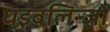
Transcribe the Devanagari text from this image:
घइबलिन्ज़ों